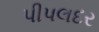
પીપલદર